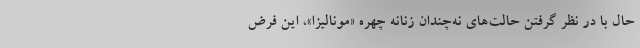
حال با در نظر گرفتن حالت‌های نه‌چندان زنانه چهره «مونالیزا»، این فرض